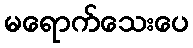
မရောက်သေးပေ